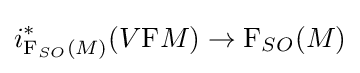
i_{\mathrm {F} _{SO}(M)}^{\ast }(V\mathrm {F} M)\to \mathrm {F} _{SO}(M)